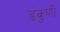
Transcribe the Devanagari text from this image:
डंकुणी